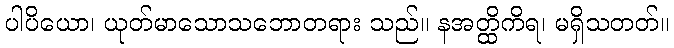
ပါပိယော၊ ယုတ်မာသောသဘောတရား သည်။ နအတ္ထိကိရ၊ မရှိသတတ်။